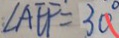
\angle A E F = 3 0 ^ { \circ }